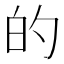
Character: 的